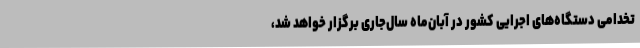
تخدامی دستگاه‌های اجرایی کشور در آبان‌ماه سال‌جاری برگزار خواهد شد،